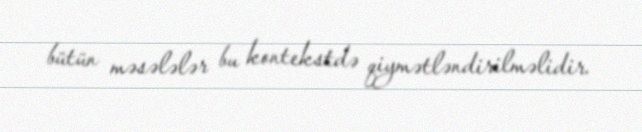
bütün məsələlər bu kontekstdə qiymətləndirilməlidir.